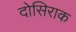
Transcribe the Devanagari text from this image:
दोसिराक